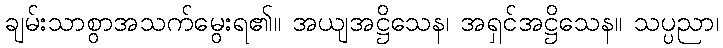
ချမ်းသာစွာအသက်မွေးရ၏။ အယျအဋ္ဌိသေန၊ အရှင်အဋ္ဌိသေန။ သပ္ပညာ၊